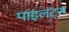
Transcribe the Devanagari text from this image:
पाइलट्स